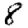
Digit: 8